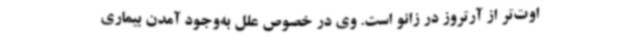
اوت‌تر از آرتروز در زانو است. وی در خصوص علل به‌وجود آمدن بیماری